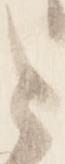
と